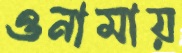
ওনামায়